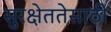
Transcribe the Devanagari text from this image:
सुरक्षेततेसाठी